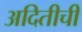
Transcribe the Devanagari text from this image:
अदितीची